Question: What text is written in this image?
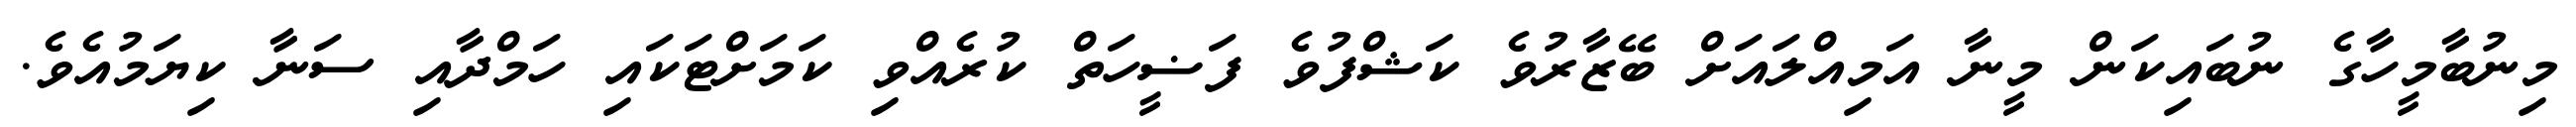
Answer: މިނުބާމީހާގެ ނުބައިކަން މީނާ އަމިއްލައަށް ބޭޒާރުވެ ކަޝްފުވެ ފަޟީހަތް ކުރެއްވި ކަމަށްޓަކައި ހަމްދާއި ސަނާ ކިޔަމުއެވެ.